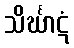
သိင်္ဃာဋံ